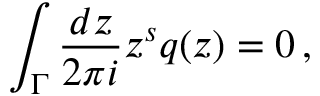
\int _ { \Gamma } \frac { d z } { 2 \pi i } z ^ { s } q ( z ) = 0 \, ,